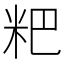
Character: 粑